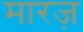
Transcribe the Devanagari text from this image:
मारज़